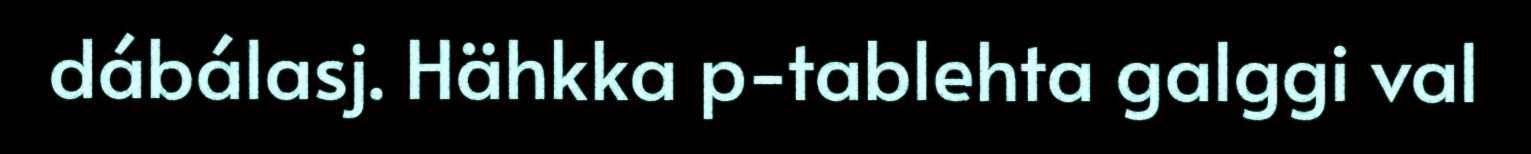
dábálasj. Hähkka p-tablehta galggi val